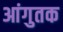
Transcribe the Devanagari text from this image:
आंगुतक